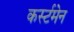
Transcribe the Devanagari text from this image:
कर्स्टमेन